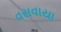
વસવાયા